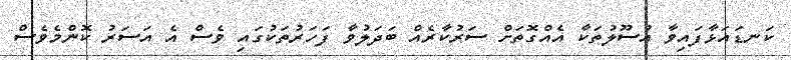
ކަނޑައަޅާފައިވާ އުސޫލުތަކާ އެއްގޮތަށް ސަރުކާރެއް ބަދަލުވާ ފަހަރުތަކުގައި ވެސް އެ އަސަރު ކޮންމެވެސް